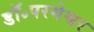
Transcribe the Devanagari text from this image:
डॉ॰परमेश्वर